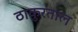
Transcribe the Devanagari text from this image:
ठाकुरताल